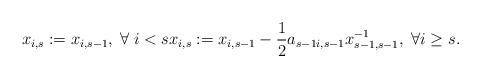
\begin{align*}x_{i,s}:=x_{i,s-1}, \; \forall\; i<s {}x_{i,s}:=x_{i,s-1}-\frac{1}{2} a_{s-1 i, s-1} x_{s-1,s-1}^{-1}, \;\forall i\geq s.\end{align*}